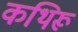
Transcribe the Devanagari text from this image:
कथिरू